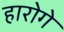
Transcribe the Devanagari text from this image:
हारोगे